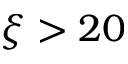
\xi > 2 0